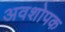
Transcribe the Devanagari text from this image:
अवशोपक